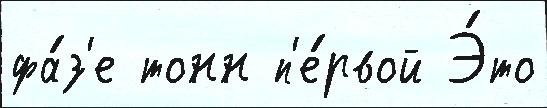
фа́з'е тонн п'е́рвой Э́то